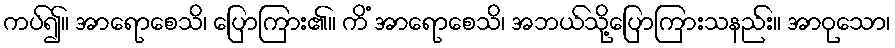
ကပ်၍။ အာရောစေသိ၊ ပြောကြား၏။ ကိံ အာရောစေသိ၊ အဘယ်သို့ပြောကြားသနည်း။ အာဝုသော၊